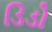
ડિડો